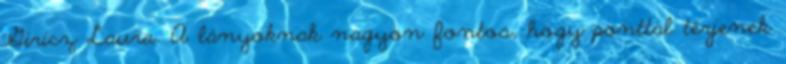
Giricz Laura. A lányoknak nagyon fontos, hogy ponttal térjenek